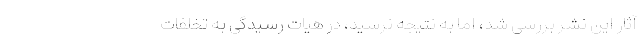
آثار این نشر بررسی شد، اما به نتیجه نرسید، در هیات رسیدگی به تخلفات